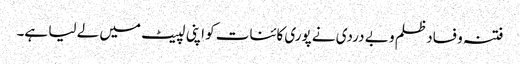
فتنہ و فساد ظلم و بے دردی نے پوری کائنات کو اپنی لپیٹ میں لے لیا ہے۔